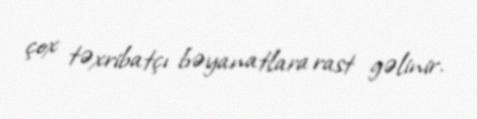
çox təxribatçı bəyanatlara rast gəlinir.